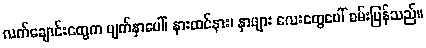
လက်ချောင်းတွေက မျက်နှာပေါ်၊ နားထင်နား၊ နှာဖျား လေးတွေပေါ် စမ်းပြန်သည်။